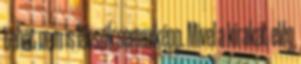
tehát nem is látszik semmiképp. Mivel a kirakat elég